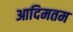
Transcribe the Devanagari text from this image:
आदिमतम